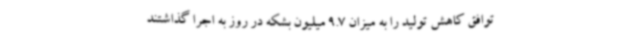
توافق کاهش تولید را به میزان 9.7 میلیون بشکه در روز به اجرا گذاشتند